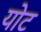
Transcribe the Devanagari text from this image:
योट